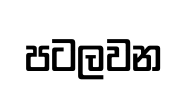
පටලවන